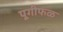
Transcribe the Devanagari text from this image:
पूगीफळ